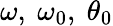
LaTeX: \omega,\ \omega_{0},\ \theta_{0}